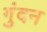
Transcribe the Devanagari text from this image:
गुंदन